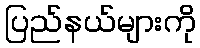
ပြည်နယ်များကို